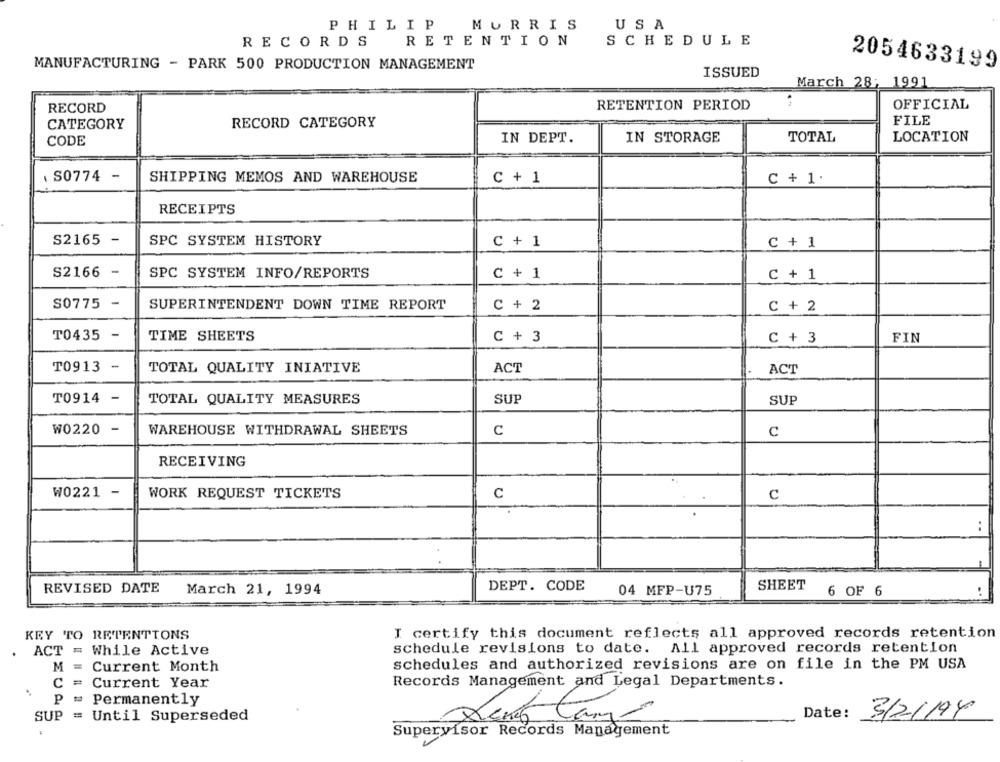
PHILIP
MORRIS
USA
RECORDS
RETENTION
SCHEDULE
MANUFACTURING - PARK 500 PRODUCTION MANAGEMENT
2054633199
ISSUED
March 28: 1991
RETENTION PERIOD
OFFICIAL
RECORD
FILE
CATEGORY
RECORD CATEGORY
IN STORAGE
LOCATION
CODE
IN DEPT.
TOTAL
S0774 -
SHIPPING MEMOS AND WAREHOUSE
C + 1
C + 1 :
RECEIPTS
S2165
-
SPC SYSTEM HISTORY
C + 1
C + 1
S2166
-
SPC SYSTEM INFO/REPORTS
C + 1
C + 1
S0775
-
SUPERINTENDENT DOWN TIME REPORT
C + 2
C + 2
TIME SHEETS
T0435
C + 3
C + 3
FIN
-
T0913
TOTAL QUALITY INIATIVE
ACT
ACT
T0914 -
TOTAL QUALITY MEASURES
SUP
SUP
W0220 -
WAREHOUSE WITHDRAWAL SHEETS
c
C
RECEIVING
W0221 -
WORK REQUEST TICKETS
c
C
..
DEPT. CODE
SHEET
REVISED DATE
March 21, 1994
04 MFP-U75
6 OF 6
KEY TO RETENTIONS
I certify this document reflects all approved records retention
ACT = While Active
schedule revisions to date. All approved records retention
M = Current Month
schedules and authorized revisions are on file in the PM USA
C = Current Year
Records Management and Legal Departments.
P = Permanently
SUP = Until Superseded
Date:
3/2/194
Supervisor Records Management